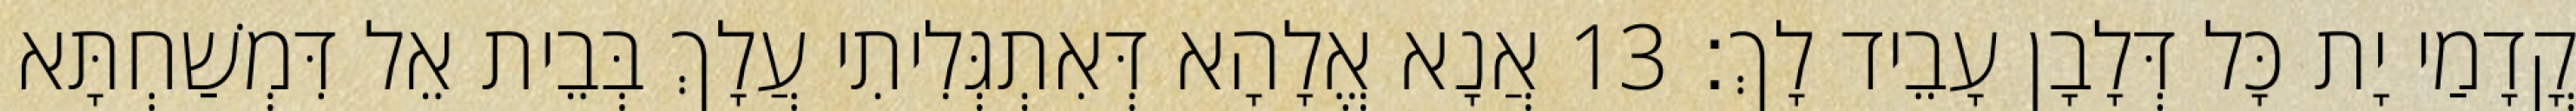
קֳדָמַי יָת כָּל דְּלָבָן עָבֵיד לָךְ׃ 13 אֲנָא אֱלָהָא דְּאִתְגְּלִיתִי עֲלָךְ בְּבֵית אֵל דִּמְשַׁחְתָּא